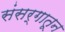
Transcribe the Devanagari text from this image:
संसर्गातून